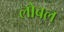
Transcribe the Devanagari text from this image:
लोबल